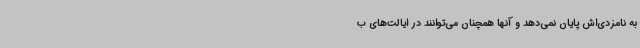
به نامزدی‌اش پایان نمی‌دهد و آنها همچنان می‌توانند در ایالت‌های ب